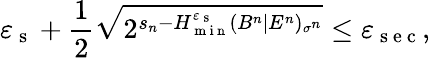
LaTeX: \varepsilon_{\mathrm{~s~}}+\frac{1}{2}\sqrt{2^{s_{n}-H_{\mathrm{~m~i~n~}}^{\varepsilon_{\mathrm{~s~}}}(B^{n}|E^{n})_{\sigma^{n}}}}\leq\varepsilon_{\mathrm{~s~e~c~}},